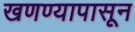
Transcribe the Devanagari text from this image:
खणण्यापासून